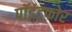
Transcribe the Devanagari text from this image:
पॉइंटफोर